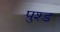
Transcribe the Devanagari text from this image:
पुश्ड